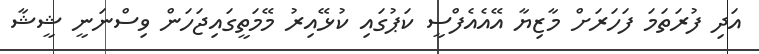
އަދި ފުރަތަމަ ފަހަރަށް މާޒިޔާ އޭއެއެފްސީ ކަޕުގައި ކުޅޭއިރު މޭމަތީގައިޖަހަން ވިސްނަނީ ޝީޝާ